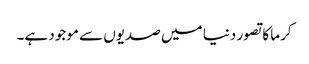
کرما کا تصور دنیا میں صدیوں سے موجود ہے۔